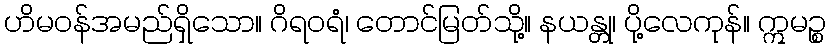
ဟိမဝန်အမည်ရှိသော။ ဂိရဝရံ၊ တောင်မြတ်သို့။ နယန္တု၊ ပို့လေကုန်။ ဣမဉ္စ